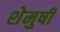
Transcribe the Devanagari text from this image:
शेमुषी